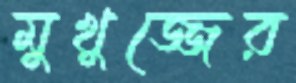
মুখুজ্জের